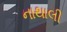
નાથાલી